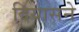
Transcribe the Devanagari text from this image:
दियासने